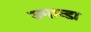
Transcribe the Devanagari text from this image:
उगान्डा